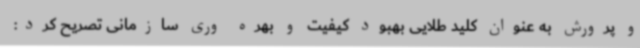
و پرورش به عنوان کلید طلایی بهبود کیفیت و بهره وری سازمانی تصریح کرد: